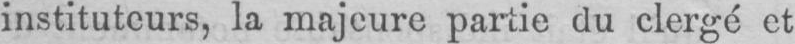
instituteurs, la majeure partie du clergé et